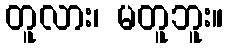
တူလား၊ မတူဘူး။